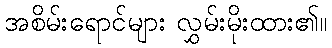
အစိမ်းရောင်များ လွှမ်းမိုးထား၏။